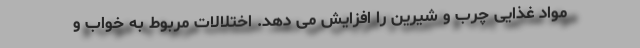
مواد غذایی چرب و شیرین را افزایش می دهد. اختلالات مربوط به خواب و